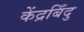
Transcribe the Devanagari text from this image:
केंद्रबिँदु